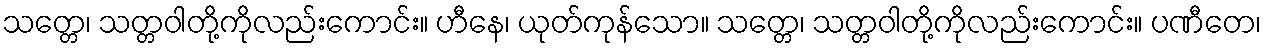
သတ္တေ၊ သတ္တဝါတို့ကိုလည်းကောင်း။ ဟီနေ၊ ယုတ်ကုန်သော။ သတ္တေ၊ သတ္တဝါတို့ကိုလည်းကောင်း။ ပဏီတေ၊